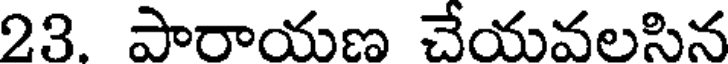
23. పారాయణ చేయవలసిన